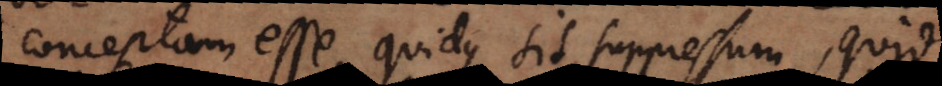
conceptam esse, quidque sit suppressum, quid